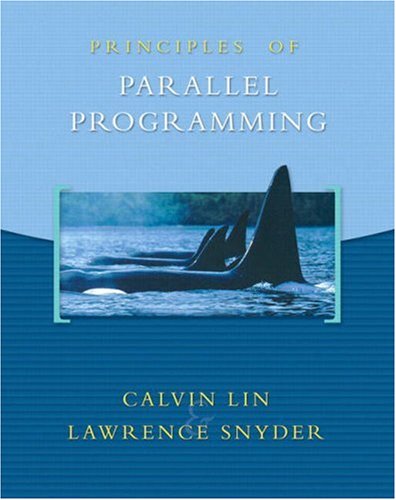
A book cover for Principles of Parallel Programming; Calvin Lin; Computers & Technology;